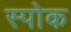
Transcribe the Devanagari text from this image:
स्‍पोक